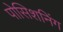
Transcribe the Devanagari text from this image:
पोसिशनिंग